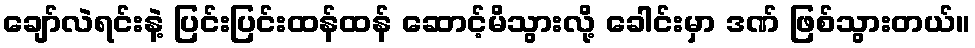
ချော်လဲရင်းနဲ့ ပြင်းပြင်းထန်ထန် ဆောင့်မိသွားလို့ ခေါင်းမှာ ဒဏ် ဖြစ်သွားတယ်။